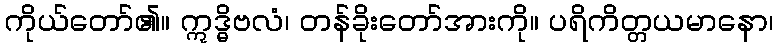
ကိုယ်တော်၏။ ဣဒ္ဓိဗလံ၊ တန်ခိုးတော်အားကို။ ပရိကိတ္တယမာနော၊